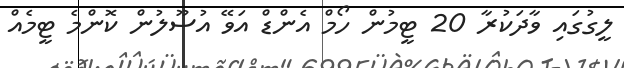
ލީގުގައި ވާދަކުރާ 20 ޓީމުން ހޯމް އެންޑް އަވޭ އުސޫލުން ކޮންމެ ޓީމެއް